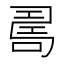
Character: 𠷎